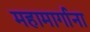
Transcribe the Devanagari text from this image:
महामार्गाना